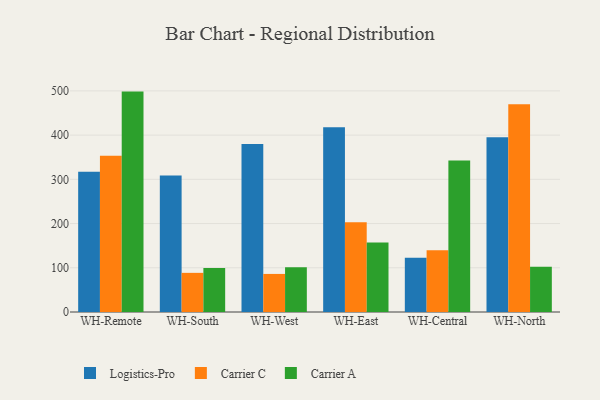
{"axis": {"x": "Warehouse", "y": "Page Views"}, "legend": ["Carrier A", "Carrier C", "Logistics-Pro"], "data": [{"x": "WH-Remote", "y": 316.9, "type": "Logistics-Pro"}, {"x": "WH-Remote", "y": 353.2, "type": "Carrier C"}, {"x": "WH-Remote", "y": 498.4, "type": "Carrier A"}, {"x": "WH-South", "y": 308.8, "type": "Logistics-Pro"}, {"x": "WH-South", "y": 88.5, "type": "Carrier C"}, {"x": "WH-South", "y": 99.6, "type": "Carrier A"}, {"x": "WH-West", "y": 379.9, "type": "Logistics-Pro"}, {"x": "WH-West", "y": 86.1, "type": "Carrier C"}, {"x": "WH-West", "y": 101.3, "type": "Carrier A"}, {"x": "WH-East", "y": 417.6, "type": "Logistics-Pro"}, {"x": "WH-East", "y": 203.0, "type": "Carrier C"}, {"x": "WH-East", "y": 157.1, "type": "Carrier A"}, {"x": "WH-Central", "y": 122.8, "type": "Logistics-Pro"}, {"x": "WH-Central", "y": 139.5, "type": "Carrier C"}, {"x": "WH-Central", "y": 342.7, "type": "Carrier A"}, {"x": "WH-North", "y": 395.4, "type": "Logistics-Pro"}, {"x": "WH-North", "y": 469.8, "type": "Carrier C"}, {"x": "WH-North", "y": 102.3, "type": "Carrier A"}]}